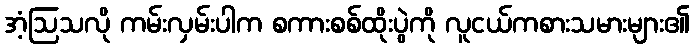
အံ့ဩသလို ကမ်းလှမ်းပါက စကားစစ်ထိုးပွဲကို လူငယ်ကစားသမားများ၏